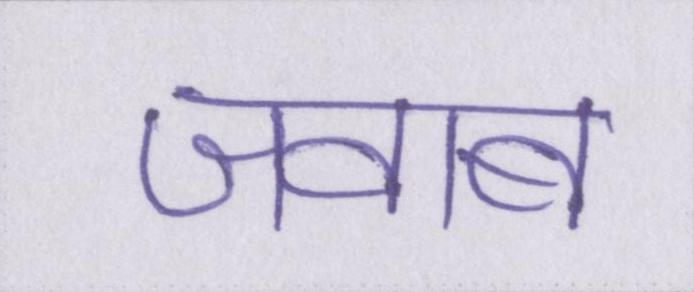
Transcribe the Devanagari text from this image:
जवाब